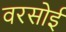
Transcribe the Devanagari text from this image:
वरसोई